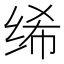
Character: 𫄨